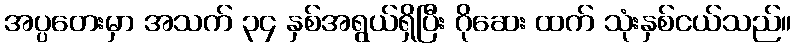
အပ္ပတေးမှာ အသက် ၃၄ နှစ်အရွယ်ရှိပြီး ဂိုဆေး ထက် သုံးနှစ်ငယ်သည်။